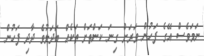
ނަމަވެސް އޭގެ ފަހުން ވަރަށް ގިނަ ކަންތަށް ތަކެއް ބަދަލުވެ ދާދި ފަހުން